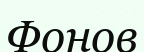
Фонов